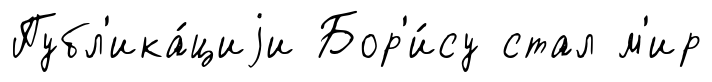
Публ'ика́циjи Бор'и́су стал м'ир